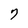
Character: 7